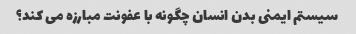
سیستم ایمنی بدن انسان چگونه با عفونت مبارزه می کند؟